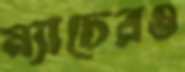
ম্যাচেরও